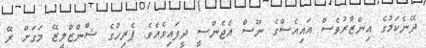
ދޭނެކަމުގެ އިންޒާރުވެސް އައިއެސްގެ ނޫސް އެޖެންސީ ދީފައިވެއެވެ. ޕެރިހުގެ ޝާންޒްލީޒޭ މަގަށް ރޭ